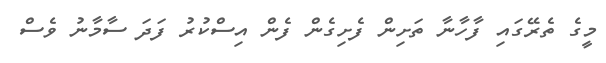
މީގެ ތެރޭގައި ފާހާނާ ތަށިން ފެށިގެން ފެން އިސްކުރު ފަދަ ސާމާނު ވެސް